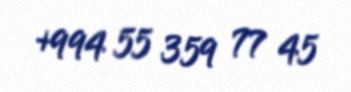
+994 55 359 77 45